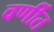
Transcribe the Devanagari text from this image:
वर्णीत